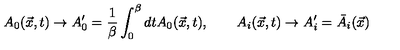
A _ { 0 } ( \vec { x } , t ) \rightarrow A _ { 0 } ^ { \prime } = { \frac { 1 } { \beta } } \int _ { 0 } ^ { \beta } d t A _ { 0 } ( \vec { x } , t ) , \qquad A _ { i } ( \vec { x } , t ) \rightarrow A _ { i } ^ { \prime } = \bar { A } _ { i } ( \vec { x } )